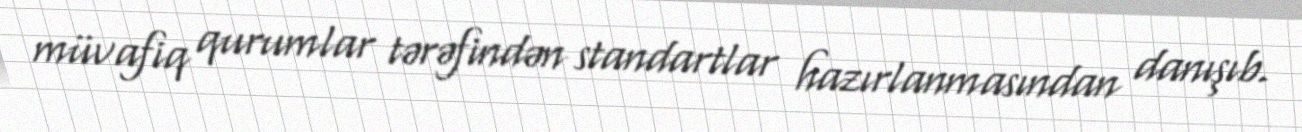
müvafiq qurumlar tərəfindən standartlar hazırlanmasından danışıb.